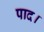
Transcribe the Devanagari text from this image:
पाद।